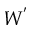
W ^ { ' }